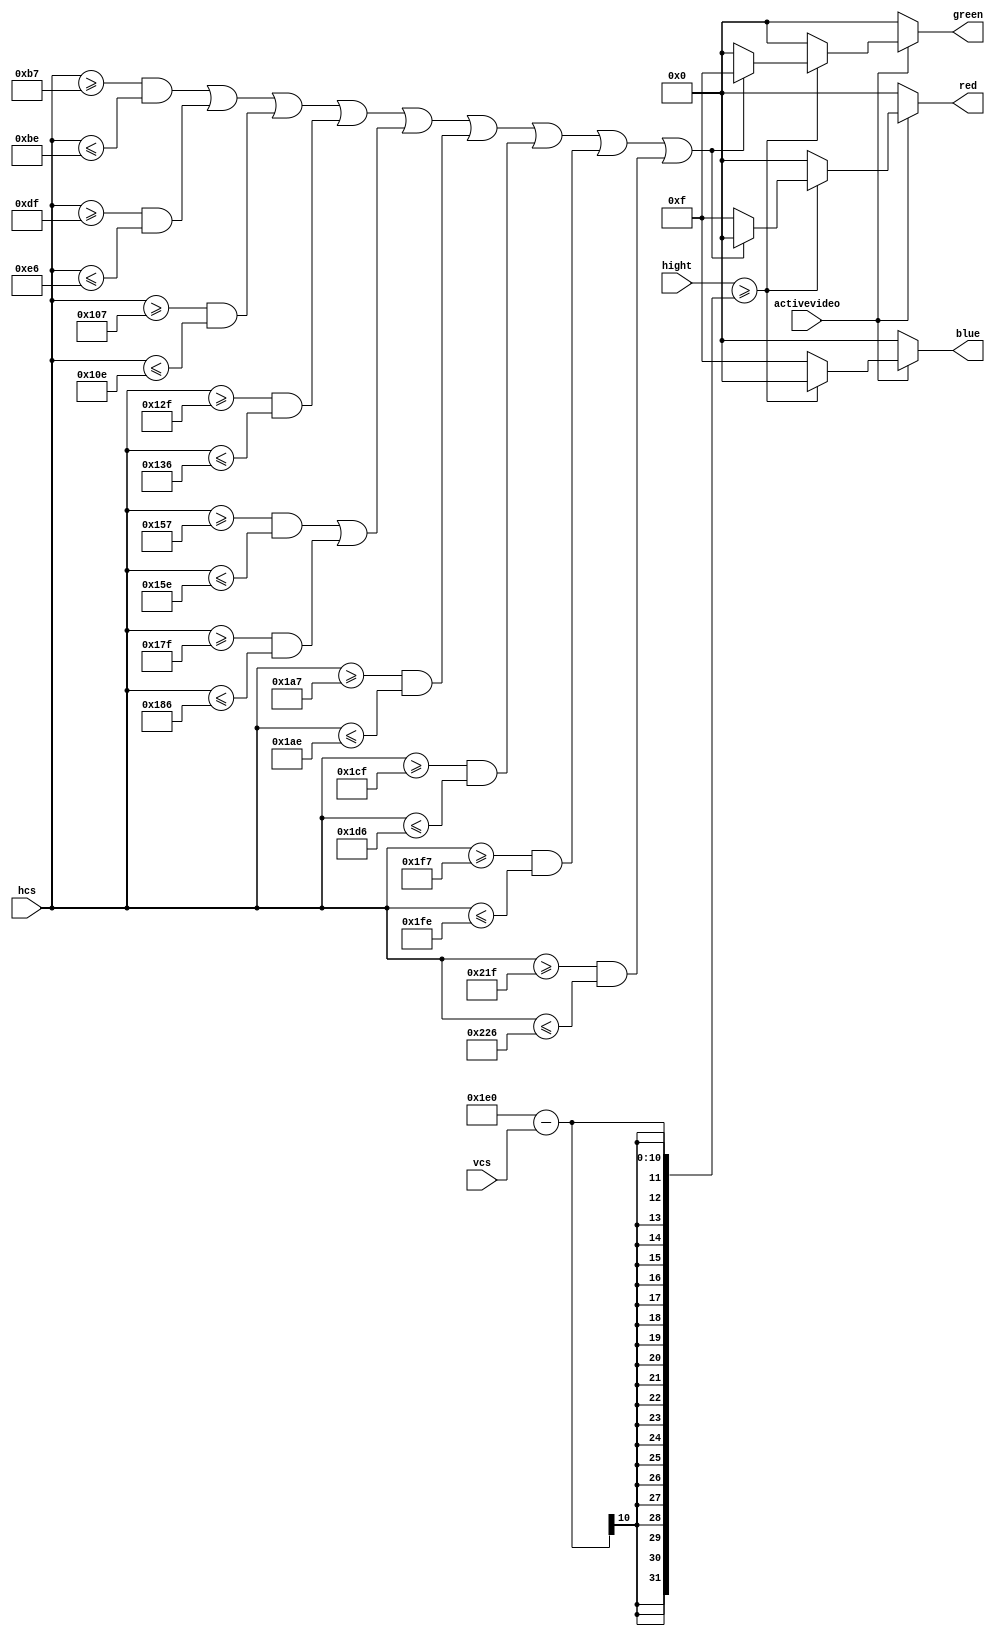
`timescale 1ns / 1ps
//////////////////////////////////////////////////////////////////////////////////
// Company: 
// Engineer: 
// 
// Design Name: 
// Module Name: rgb
// Project Name: 
// Target Devices: 
// Tool Versions: 
// Description: 
// 
// Dependencies: 
// 
// Revision:
// Revision 0.01 - File Created
// Additional Comments:
// 
//////////////////////////////////////////////////////////////////////////////////


module rgb(
/*input wire clk,*/
input wire [9:0] vcs,
input wire [9:0] hcs,
input wire activevideo,
input wire [8:0] hight,
output reg[3:0] red,
output reg[3:0] green,
output reg [3:0] blue
    );
 always@(*) 
 begin
 if(activevideo ==1)begin
   if(hight >=(480-vcs)) begin
    if( /*((hcs>=143)&&(hcs<=147)) ||*/((hcs>=183)&&(hcs<=190)) || ((hcs>=223)&&(hcs<=230)) || ((hcs>=263)&&(hcs<=270)) || ((hcs>=303)&&(hcs<=310)) || ((hcs>=343)&&(hcs<=350) || ((hcs>=383)&&(hcs<=390))) || ((hcs>=423)&&(hcs<=430)) || ((hcs>=463)&&(hcs<=470)) || ((hcs>=503)&&(hcs<=510)) || ((hcs>=543)&&(hcs<=550)))begin
    red <=4'h0;
    green <= 4'hf;
    blue <= 4'h0; end
    else begin          //100hz                   //150hz                   //200hz                   //250hz                  //300hz                   //350hz                    //400hz                        //450hz              //500hz                                              
    red <=4'hf;
    green <= 4'h0;
    blue <= 4'h0;end
    end             
    else begin
    red <=4'h0;
    green <= 4'h0;
    blue <= 4'hf; end
      end 
 else  begin
    red <=4'h0;
    green <= 4'h0;
    blue <= 4'h0; end
 
 end   
endmodule